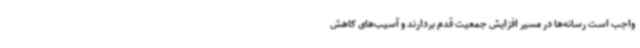
واجب است رسانه‌ها در مسیر افزایش جمعیت قدم بردارند و آسیب‌های کاهش